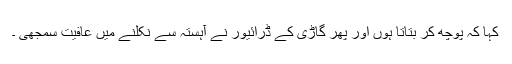
کہا کہ پوچھ کر بتاتا ہوں اور پھر گاڑی کے ڈرائیور نے آہستہ سے نکلنے میں عافیت سمجھی ۔